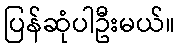
ပြန်ဆုံပါဦးမယ်။